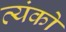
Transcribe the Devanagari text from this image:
व्यंको